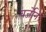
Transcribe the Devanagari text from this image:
वर्जोन